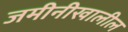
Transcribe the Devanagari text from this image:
जमीनीखालील